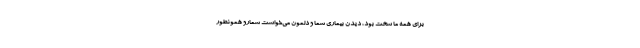
برای همه ما سخت بود، دیدن بیماری شما و دلمون می‌خواست شمارو همونطور